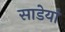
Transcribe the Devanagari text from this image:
साडेयां